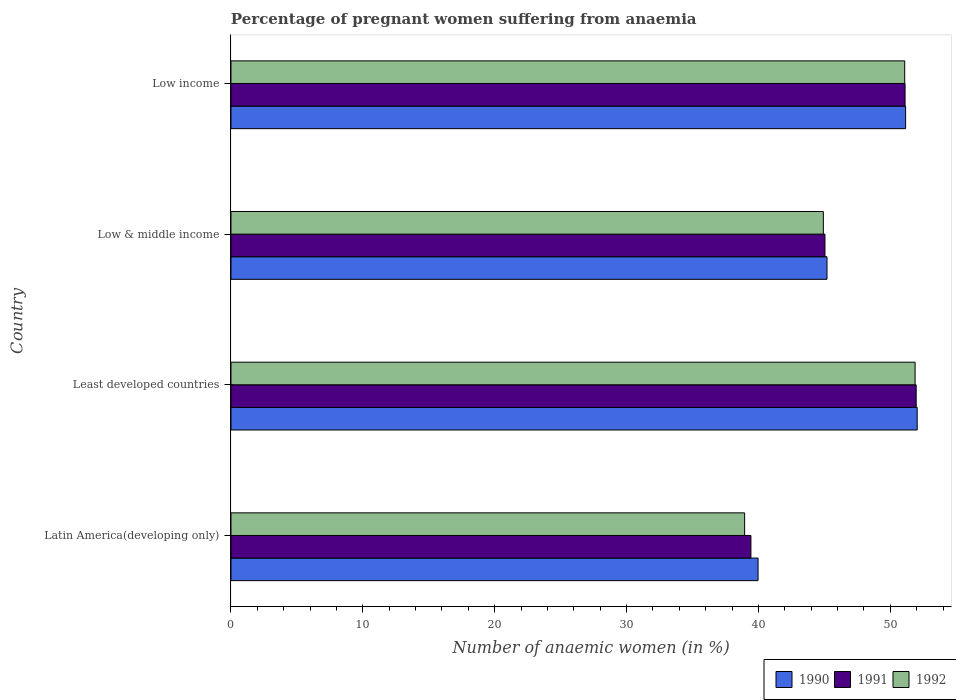
| Country | 1990 | 1991 | 1992 |
 | --- | --- | --- | --- |
 | Latin America(developing only) | 40 | 39.4 | 39 |
 | Least developed countries | 52 | 52 | 51.9 |
 | Low & middle income | 45.2 | 45 | 44.9 |
 | Low income | 51.2 | 51.1 | 51.1 |